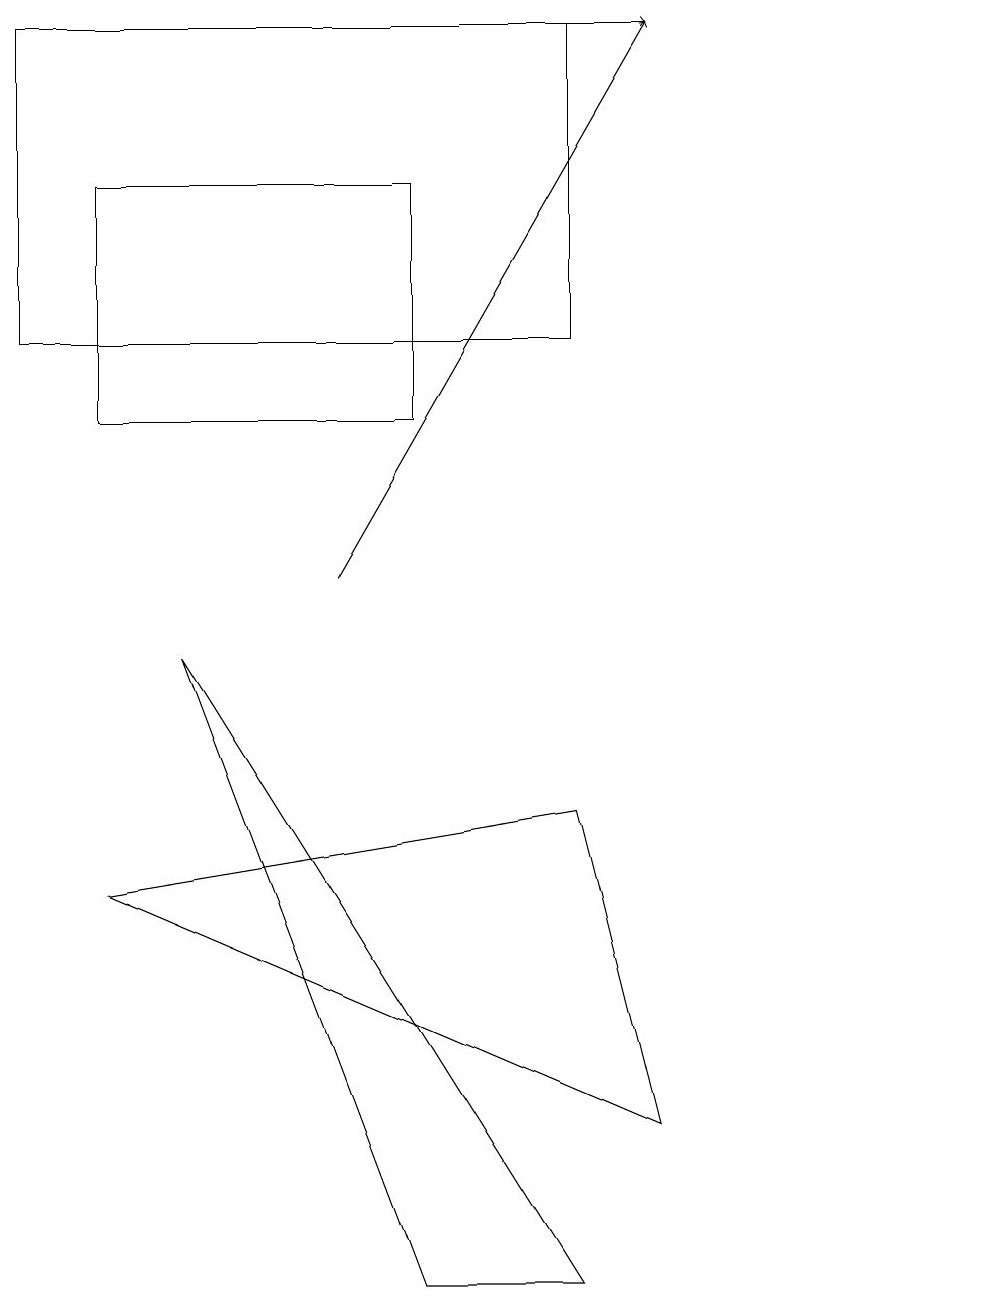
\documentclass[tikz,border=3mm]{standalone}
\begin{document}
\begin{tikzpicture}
\draw[->] (1,17) -- (8,17);
\draw (7,13) rectangle (0,17);
\draw (7,7) -- (1,6) -- (8,3) -- cycle;
\draw (12,11) circle (0);
\draw (1,15) rectangle (5,12);
\draw[->] (4,10) -- (8,17);
\draw (5,1) -- (2,9) -- (7,1) -- cycle;
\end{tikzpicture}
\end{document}